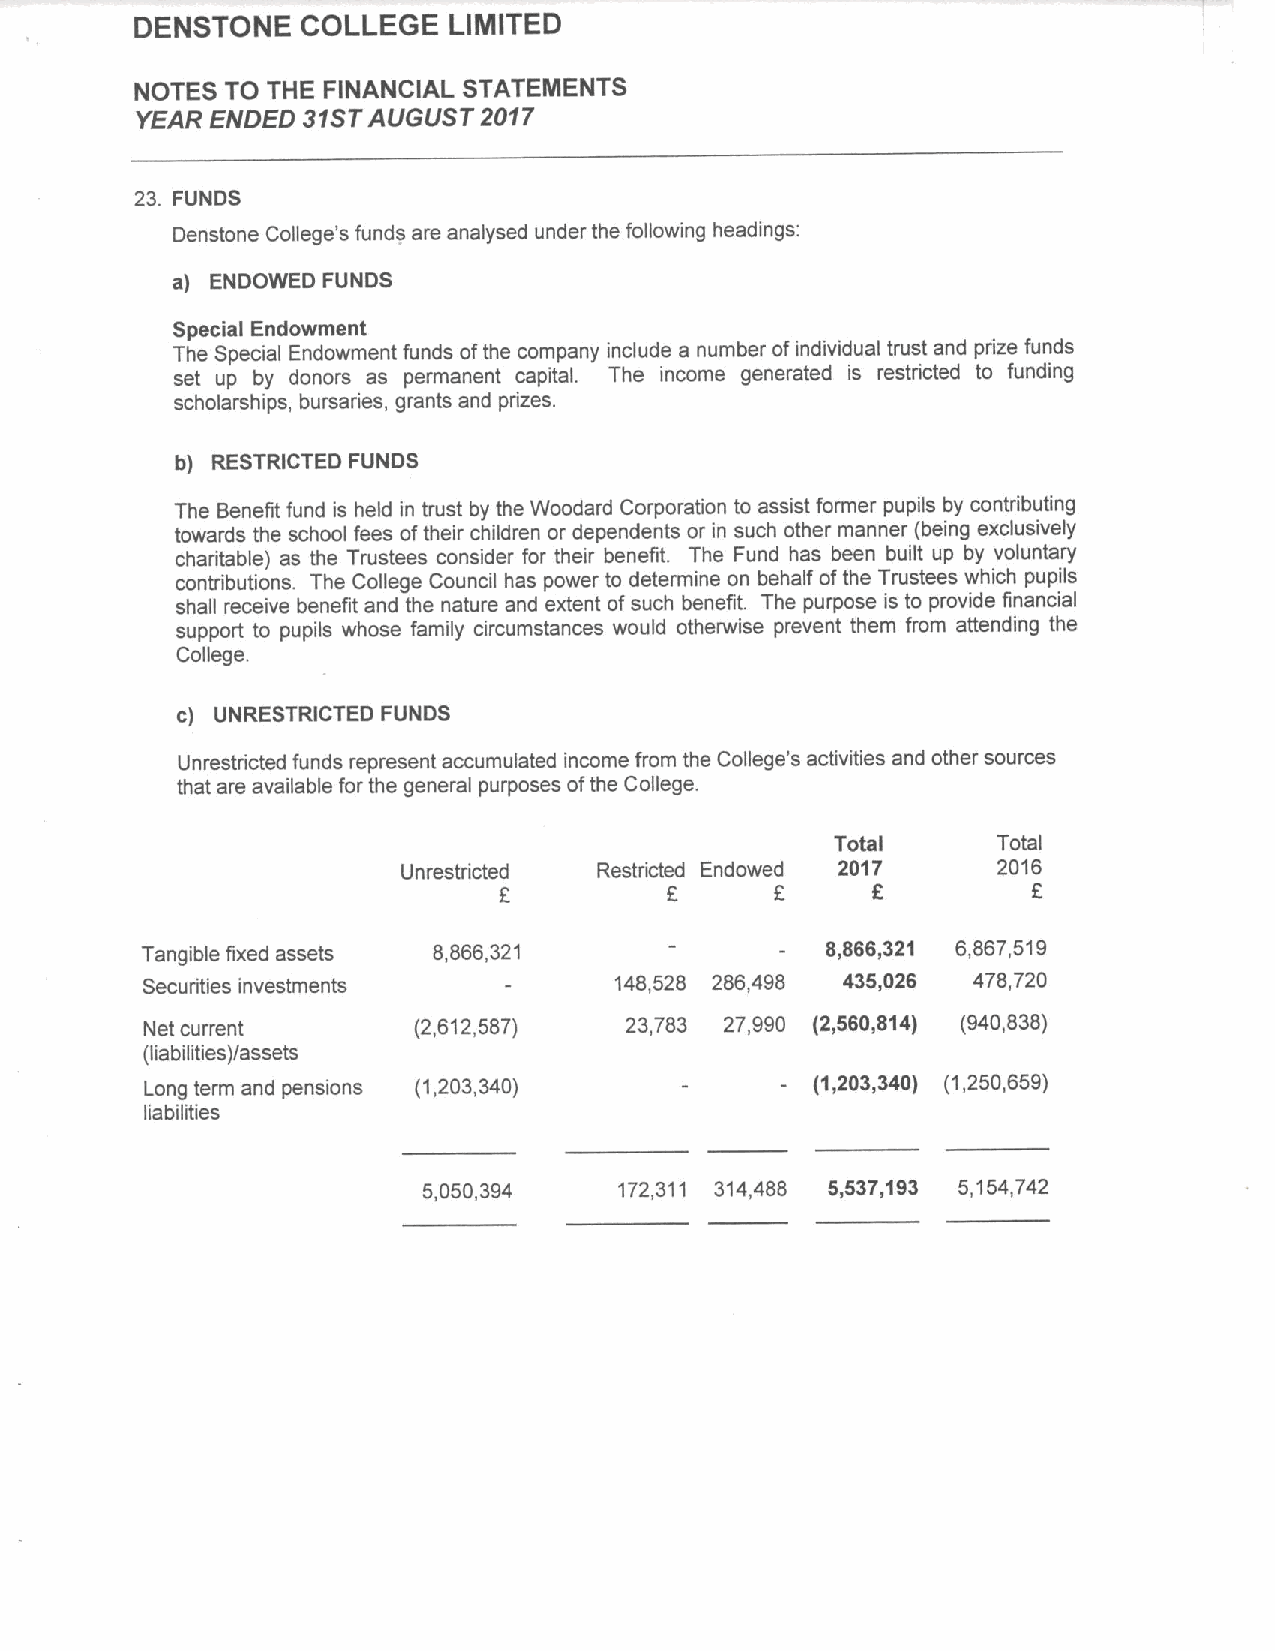
DENSTONE   COLLEGE   LIMITED
 NOTES TO THE FINANCIAL STATEMENTS
 YEAR ENDED 31STAUGUST  2017
 23. FUNDS
 Denstone College's funds are analysed under the following headings:
 a) ENDOWED FUNDS
 Special Endowment
 The Special Endowment funds ofthe company include a number ofindividual trust and prize funds
 set up by donors as permanent capital. The income generated is restricted to funding
 scholarships, bursaries, grants and prizes.
 b) RESTRICTED FUNDS
 The Benefit fund is held in trust by the Woodard Corporation to assist former pupils by contributing
 towards the school fees oftheir children or dependents or in such other manner (being exclusively
 charitable) as the Trustees consider for their benefit. The Fund has been built up by voluntary
 contributions. The College Council has power to determine on behalf ofthe Trustees which pupils
 shall receive benefit and the nature and extent ofsuch benefit. The purpose is to provide financial
 support to pupils whose family circumstances would otherwise prevent them from attending the
 College.
 c) UNRESTRICTED FUNDS
 Unrestricted funds represent accumulated income from the College's activities and other sources
 that are available for the general purposes ofthe College.
 Total      Total
 Unrestricted Restricted Endowed 2017   2016
 f          f      f      f         f
 Tangible fixed assets 8,866,321               8,866,321 6,867,519
 Securities investments          148,528 286,498 435,026 478,720
 Net current      (2,612,587)   23,783 27,990 (2,560,814) (940,838)
 (liabilities)/assets
 Long term and pensions (1,203,340)          (1,203,340) (1,250,659)
 liabilities
 5,050,394    172,311 314,488 5,537,193 5,154,742